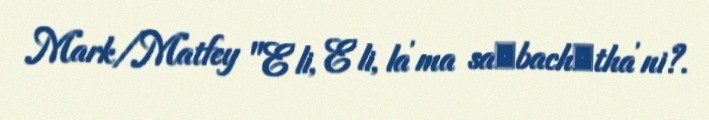
Mark/Matfey "E′li, E′li, la′ma sa‧bach‧tha′ni?.